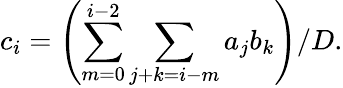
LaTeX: c_{i}=\left(\sum_{m=0}^{i-2}\sum_{j+k=i-m}a_{j}b_{k}\right)/D.